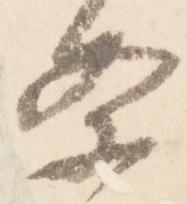
条